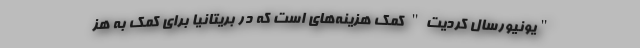
"یونیورسال کردیت" کمک هزینه‌های است که در بریتانیا برای کمک به هز